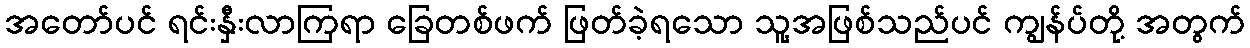
အတော်ပင် ရင်းနှီးလာကြရာ ခြေတစ်ဖက် ဖြတ်ခဲ့ရသော သူ့အဖြစ်သည်ပင် ကျွန်ပ်တို့ အတွက်